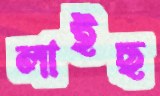
লাইছ